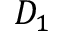
D _ { 1 }